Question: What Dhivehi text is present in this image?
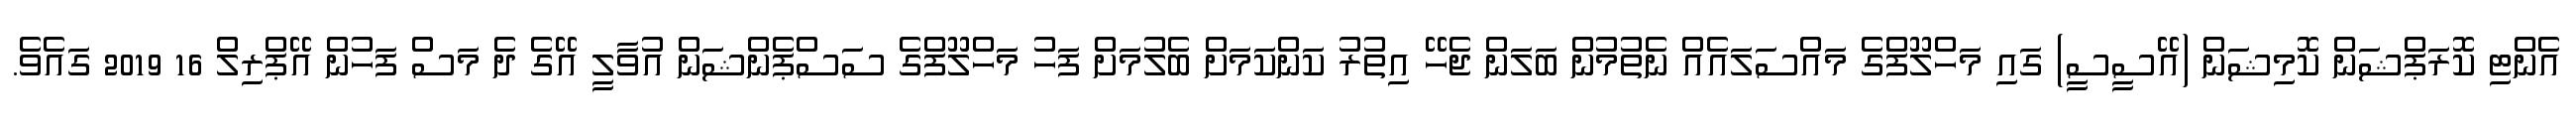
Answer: އެންޓި ކޮރަޕްޝަން ކޮމިޝަން (އޭސީސީ) ގައި މަހްލޫފްގެ މައްސަލައެއް ނެތުމުން ބަލަން ޖެހޭ އިތުރު ކަންކަމަށް ބެލުމަށް ފަހު މަހްލޫފްގެ ސަސްޕެންޝަން އުވާލީ އޭގެ ދެ މަސް ފަހުން އޭޕްރިލް 16 2019 ގައެވެ.